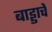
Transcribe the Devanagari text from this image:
बाड्डाचे